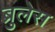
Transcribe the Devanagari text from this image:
ब्रुलेस